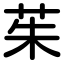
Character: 茱